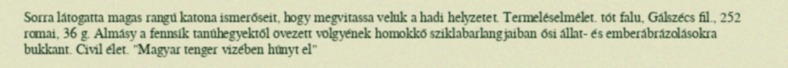
Sorra látogatta magas rangú katona ismerőseit, hogy megvitassa velük a hadi helyzetet. Termeléselmélet. tót falu, Gálszécs fil., 252 romai, 36 g. Almásy a fennsík tanúhegyektől övezett völgyének homokkő sziklabarlangjaiban ősi állat- és emberábrázolásokra bukkant. Civil élet. "Magyar tenger vizében húnyt el"